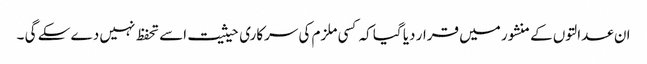
ان عدالتوں کے منشور میں قرار دیا گیا کہ کسی ملزم کی سرکاری حیثیت اسے تحفظ نہیں دے سکے گی ۔